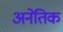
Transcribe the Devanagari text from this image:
अनेतिक